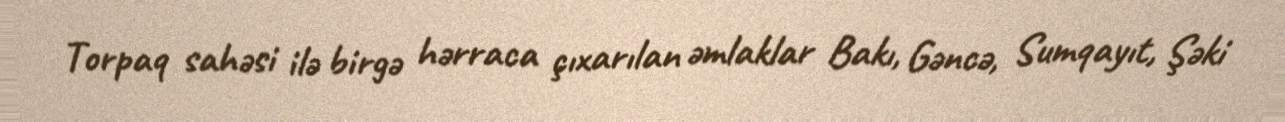
Torpaq sahəsi ilə birgə hərraca çıxarılan əmlaklar Bakı, Gəncə, Sumqayıt, Şəki